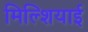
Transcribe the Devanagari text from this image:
मिल्शियाई